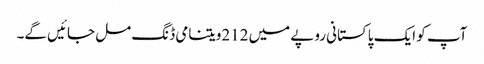
آپ کو ایک پاکستانی روپے میں 212ویتنامی ڈنگ مل جائیں گے۔